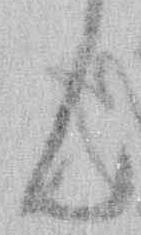
ん